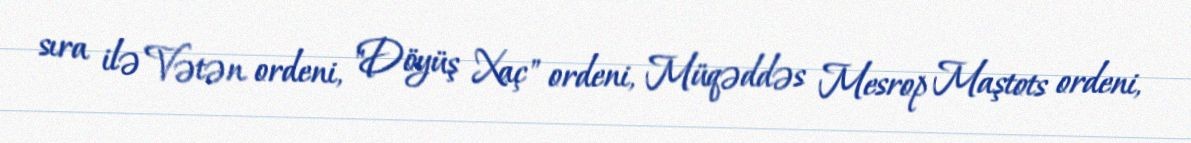
sıra ilə Vətən ordeni, "Döyüş Xaç" ordeni, Müqəddəs Mesrop Maştots ordeni,